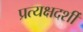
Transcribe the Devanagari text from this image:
प्रत्‍यक्षदर्शी